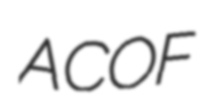
ACOF